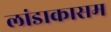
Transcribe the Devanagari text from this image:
लांडाकासम